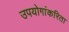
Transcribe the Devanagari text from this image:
उपयोगांकरिता